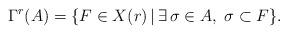
LaTeX: \begin{align*}\Gamma^r(A) = \{F \in X(r)\,|\, \exists \, \sigma \in A,\; \sigma \subset F \}.\end{align*}